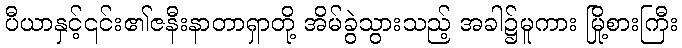
ပီယာနှင့်၎င်း၏ဇနီးနာတာရှာတို့ အိမ်ခွဲသွားသည့် အခါ၌မူကား မြို့စားကြီး